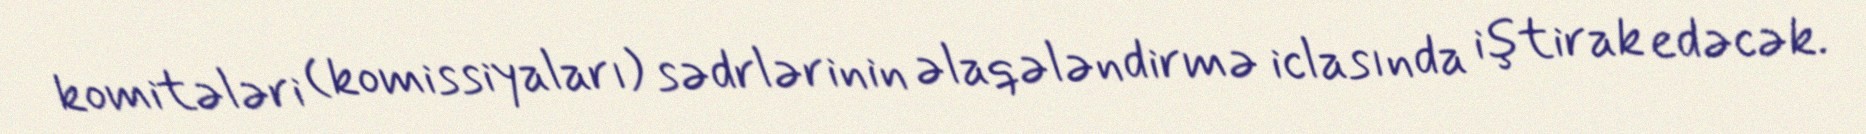
komitələri (komissiyaları) sədrlərinin əlaqələndirmə iclasında iştirak edəcək.